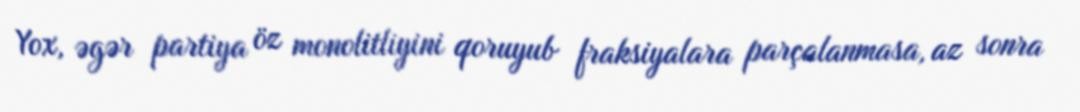
Yox, əgər partiya öz monolitliyini qoruyub fraksiyalara parçalanmasa, az sonra